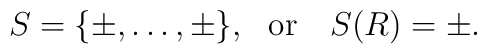
S=\{\pm,\dots,\pm\},~~\mbox{or}~~~S(R)=\pm.